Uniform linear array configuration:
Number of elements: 48
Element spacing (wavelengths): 0.25
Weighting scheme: blackman
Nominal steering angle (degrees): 30
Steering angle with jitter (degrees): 31.808
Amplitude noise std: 0.05
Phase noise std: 0.05

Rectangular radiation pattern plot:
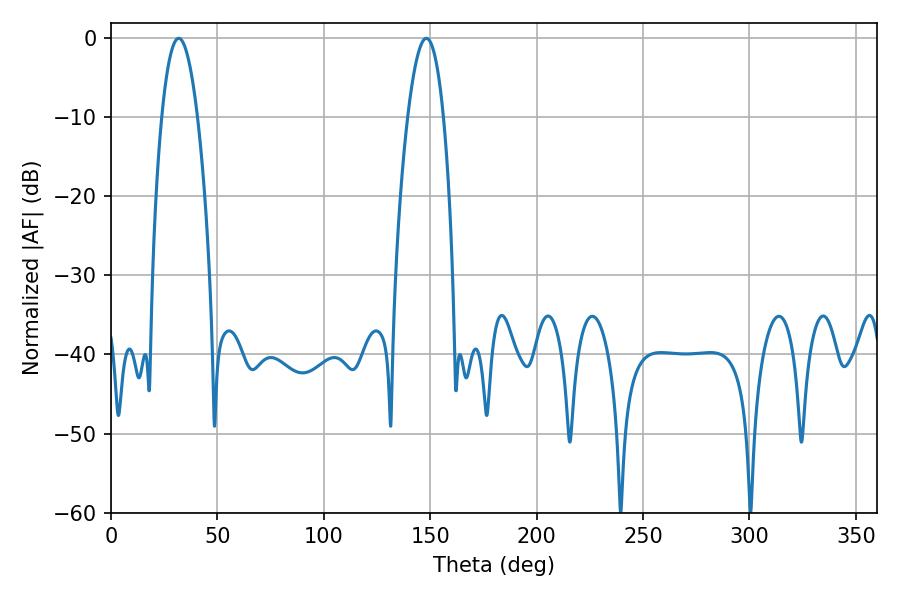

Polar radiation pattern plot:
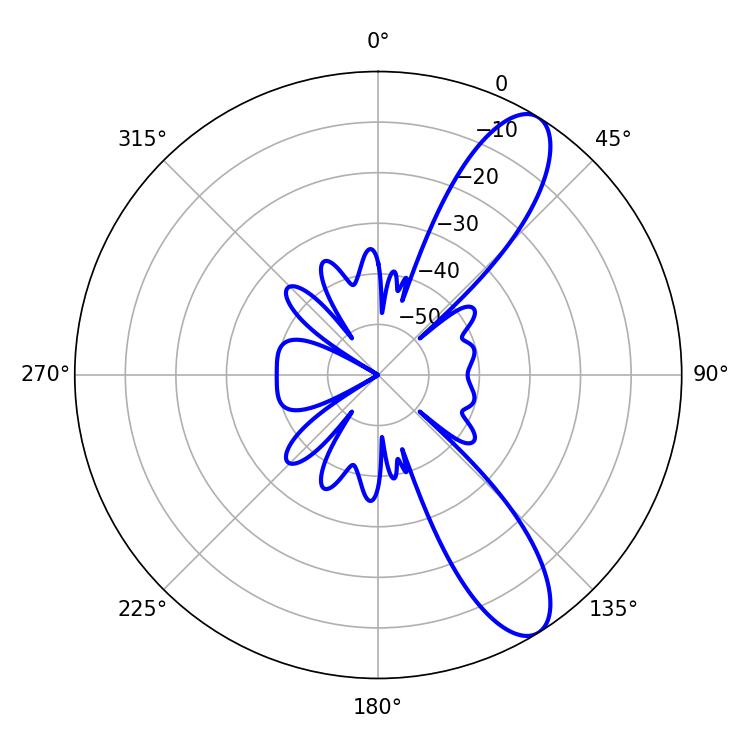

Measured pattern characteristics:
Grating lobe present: FALSE
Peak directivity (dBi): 10.372
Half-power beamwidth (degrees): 9.18
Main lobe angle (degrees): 31.86